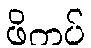
ဖိကပ်